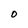
Character: O